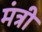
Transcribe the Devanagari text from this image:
मंत्री